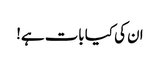
ان کی کیا بات ہے!